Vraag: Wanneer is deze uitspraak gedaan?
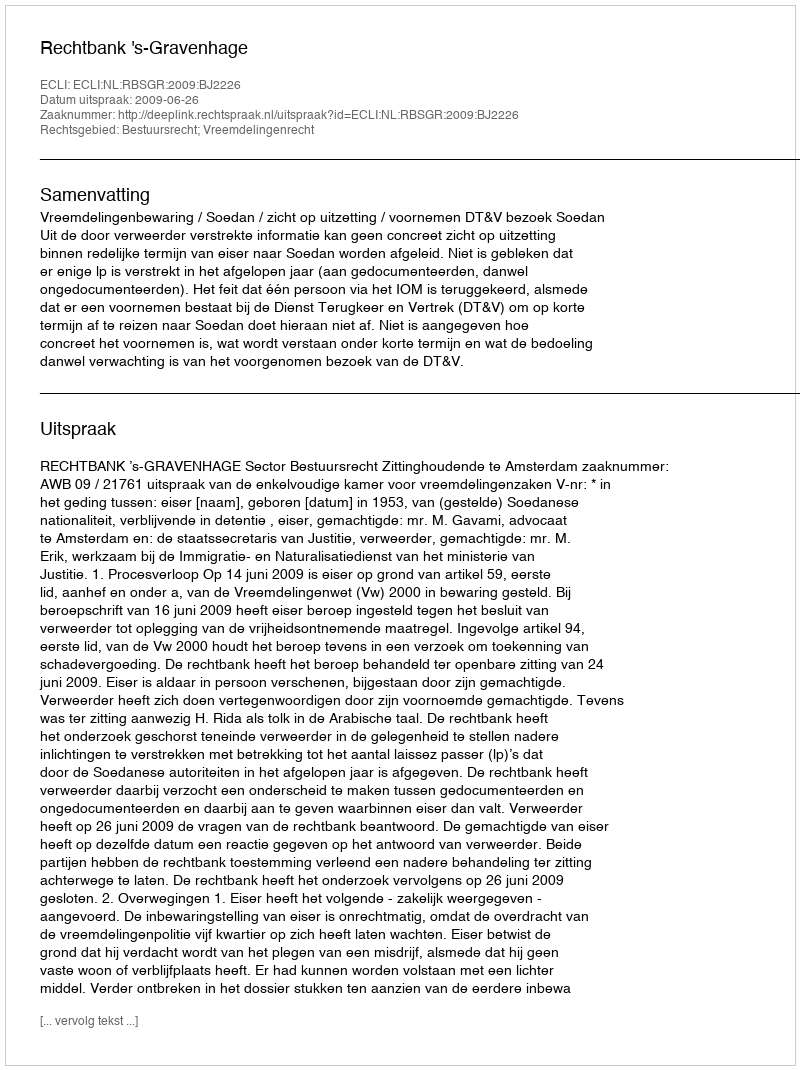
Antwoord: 2009-06-26